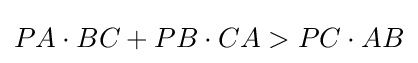
PA\cdot BC+PB\cdot CA>PC\cdot AB